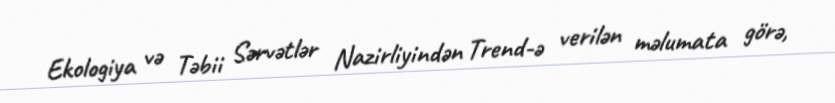
Ekologiya və Təbii Sərvətlər Nazirliyindən Trend-ə verilən məlumata görə,